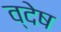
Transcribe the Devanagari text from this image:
व्देष